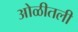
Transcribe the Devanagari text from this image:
ओळीतली